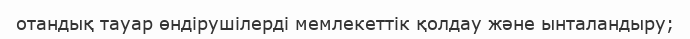
отандық тауар өндірушілерді мемлекеттік қолдау және ынталандыру;